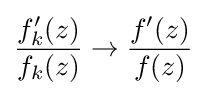
{\frac {f_{k}'(z)}{f_{k}(z)}}\to {\frac {f'(z)}{f(z)}}